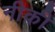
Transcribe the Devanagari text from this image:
नीकी